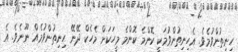
ހިނިތުންވުމެވެ. އެހިނިތުންވުމަކީ ކޮންމެ ކޮންމެ މީހަކަށް މެހެކް ދޭނޭ ހިނިތުންވުމެއް ނޫނެވެ. އެ